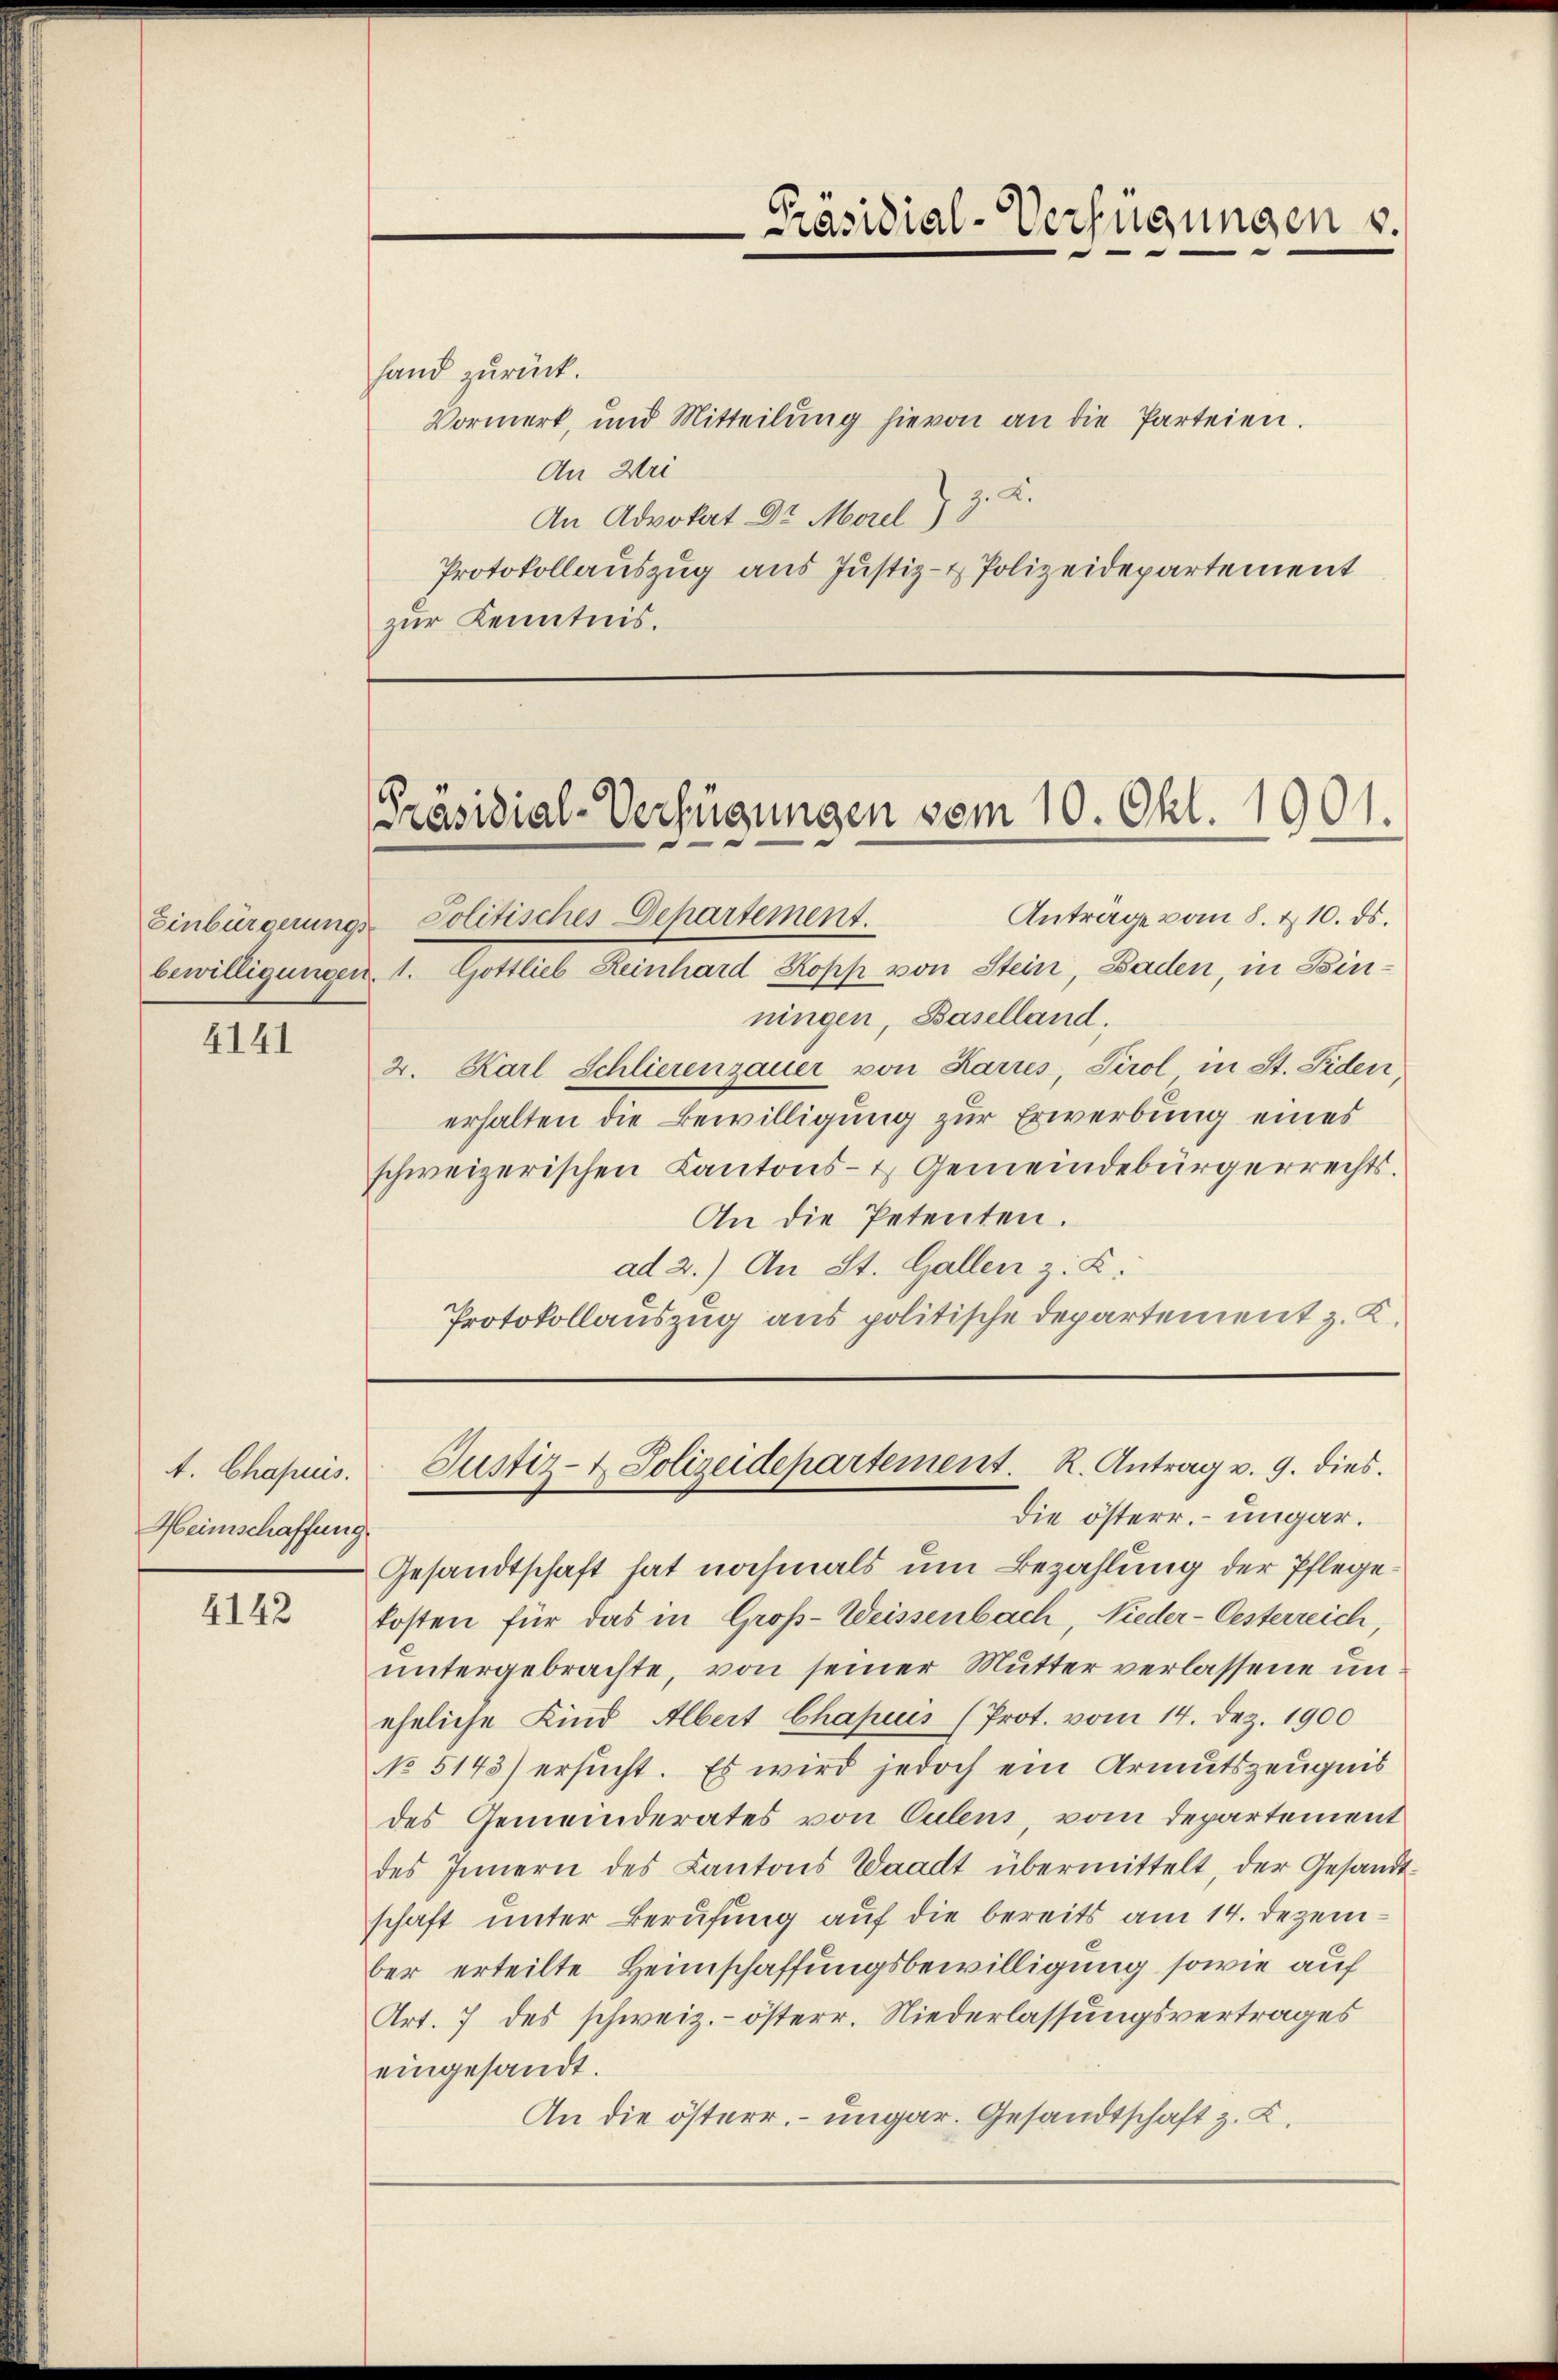
4141

A. Chapuis.
Heimschaffung

4142

hand zurück.
Vormerk, und Mitteilŭng hievon an die Parteien.
An Hei
An Advokat Dr. Morel ) 3. K.
Protokollauszug aus Justiz- & Polizeidepartement
zŭr Kenntnis.

Anträge vom 8. & 10. ds.
Einbürgerungs-Politisches Departement.
bewilligungen. 1. Gottlieb Reinhard Kopp von Stein, Baden, in Binningen, Baselland.
2. Karl Schlierenzauer von Karrés, Tirol in St. Fiden
erhalten die Bewilligung zur Erwerbung eines
schweizerischen Kantons- & Gemeindebürgerrechts.
An die Petenten.
ad 2.) An St. Gallen z. K.
Protokollauszug aus politische Departement z. K.

die österr. ungar.
Gesandtschaft hat nochmals um Bezahlung der Pflegekosten für das in Groß-Weissenbach, Nieder-Oesterreich,
ŭntergebrachte, von seiner Mutter verlassene un
eheliche Kind Albert Chapuis (Prot. vom 14. Dez. 1900
No 5143) ersucht. Es wird jedoch ein Armutszeugnis
des Gemeinderates von Culens, vom Departement
des Innern des Kantons Waadt übermittelt, der Gesandt-
schaft unter Berufung auf die bereits am 14. Dezember erteilte Heimschaffungsbewilligung sowie auf
Art. 7 des schweiz.- österr. Niederlassungsvertrages
eingesandt.
An die österr. ungar. Gesandtschaft z. Z.

-Präsidial-Verfügungen s.

[Präsidial-Verfügungen vom 10. Okt. 1901.

Justiz- & Polizeidepartement. R. Antrag v. 9. dies.